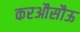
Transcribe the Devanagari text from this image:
करऔसौऊ